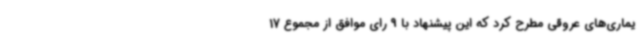
یماری‌های عروقی مطرح کرد که این پیشنهاد با 9 رای موافق از مجموع 17